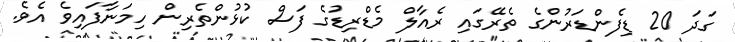
ގަދަ 20 ޑިފެންޑަރުންގެ ތެރޭގައި ރެއާލް މެޑްރިޑުގެ ފަސް ކުޅުންތެރިން ހިމަނާފައިވެ އެވެ.